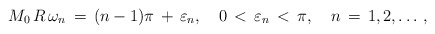
\begin{align*}M_0\,R\,\omega_n\,=\,(n-1)\pi\,+\,\varepsilon_n,\quad0\,<\,\varepsilon_n \,<\,\pi, \quad n\,=\,1,2,\dots\,{,}\end{align*}